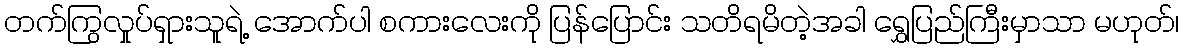
တက်ကြွလှုပ်ရှားသူရဲ့ အောက်ပါ စကားလေးကို ပြန်ပြောင်း သတိရမိတဲ့အခါ ရွှေပြည်ကြီးမှာသာ မဟုတ်၊